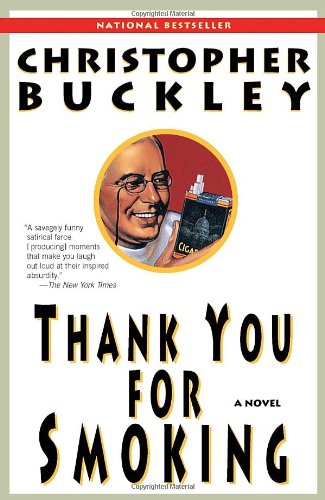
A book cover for Thank You for Smoking: A Novel; Christopher Buckley; Literature & Fiction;